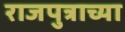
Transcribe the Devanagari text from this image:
राजपुत्राच्या